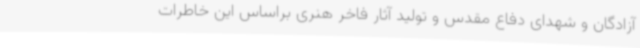
آزادگان و شهدای دفاع مقدس و تولید آثار فاخر هنری براساس این خاطرات